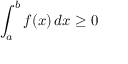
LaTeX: \int _ { a } ^ { b } f ( x ) \, d x \geq 0